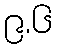
၉.၆